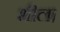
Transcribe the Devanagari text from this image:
भील।